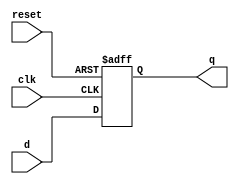
module d_ff_sync_reset(
    input wire clk,            // Clock input
    input wire reset,          // Synchronous reset input
    input wire d,              // Data input
    output reg q               // Data output
);

// Synchronous reset logic
always @(posedge clk or posedge reset)
begin
    if (reset)
        q <= 1'b0;    // Reset to specified state
    else
        q <= d;       // Update output on rising edge of clock
end

endmodule